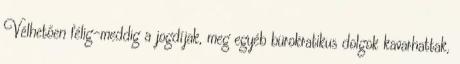
Vélhetően félig-meddig a jogdíjak, meg egyéb bürokratikus dolgok kavarhattak,